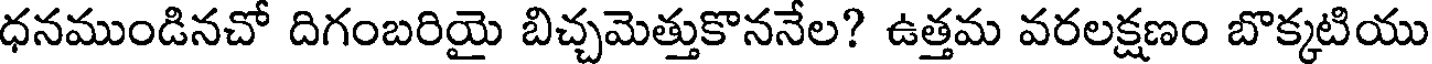
ధనముండినచో దిగంబరియై బిచ్చమెత్తుకొననేల? ఉత్తమ వరలక్షణం బొక్కటియు